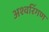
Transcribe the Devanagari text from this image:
अश्वरिंगण